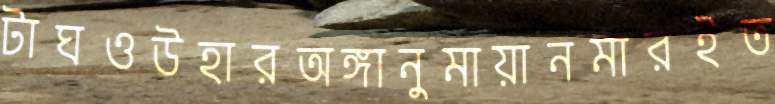
টাঘওউহারঅঙ্গানুমায়ানমারইত